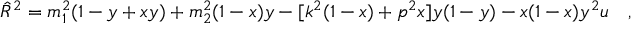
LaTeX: \hat { R } ^ { 2 } = m _ { 1 } ^ { 2 } ( 1 - y + x y ) + m _ { 2 } ^ { 2 } ( 1 - x ) y - [ k ^ { 2 } ( 1 - x ) + p ^ { 2 } x ] y ( 1 - y ) - x ( 1 - x ) y ^ { 2 } u \quad ,